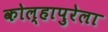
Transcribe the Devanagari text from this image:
कोल्हापुरेला